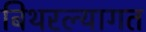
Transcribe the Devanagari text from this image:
बिथरल्यागत